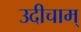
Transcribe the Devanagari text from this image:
उदीचाम्